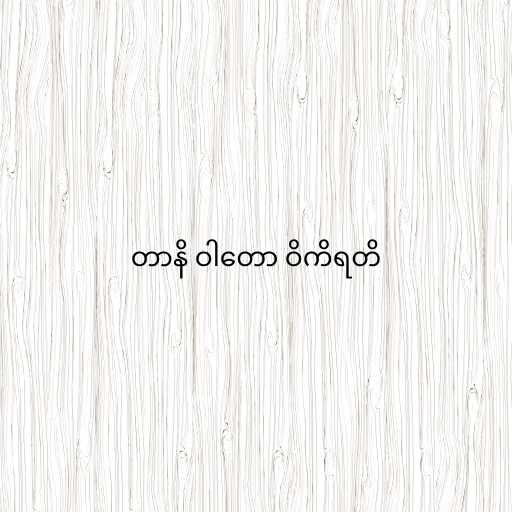
တာနိ ဝါတော ဝိကိရတိ